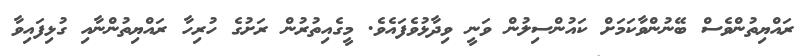
ރައްޔިތުންވެސް ބޭނުންވާކަމަށް ކައުންސިލުން ވަނީ ވިދާޅުވެފައެވެ. މީގެއިތުރުން ރަށުގެ ހުރިހާ ރައްޔިތުންނާއި ގުޅިފައިވާ